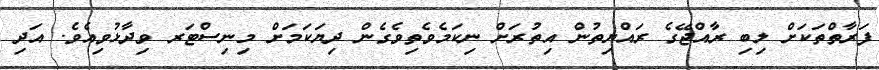
ފަރާތްތަކަށް ލިބި ރާއްޖޭގެ ރައްޔިތުން އިތުރަށް ނިކަމެވެތިވެގެން ދިޔަކަމަށް މިނިސްޓަރ ވިދާޅުވިއެވެ. އަދި